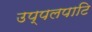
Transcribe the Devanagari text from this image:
उप्पलपाटि